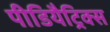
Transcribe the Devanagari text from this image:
पीडियैट्रिक्स